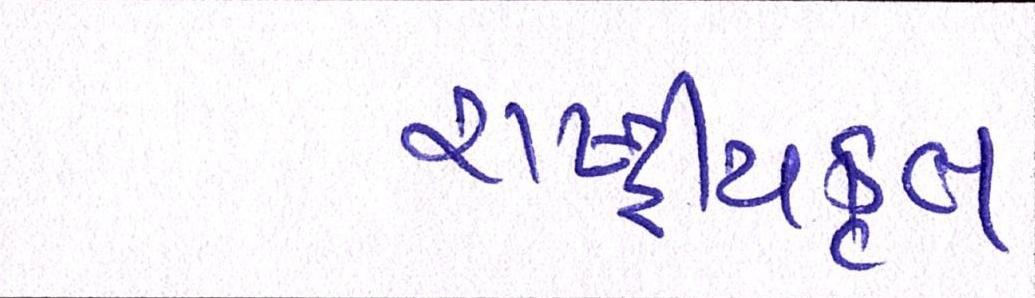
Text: રાષ્ટ્ર્રીયકૃત